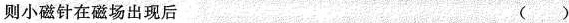
则小磁针在磁场出现后 ( )